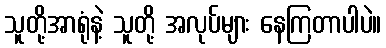
သူတို့အာရုံနဲ့ သူတို့ အလုပ်များ နေကြတာပါပဲ။